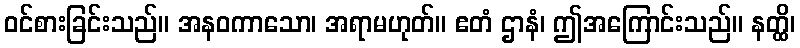
ဝင်စားခြင်းသည်။ အနဝကာသော၊ အရာမဟုတ်။ ဧတံ ဌာနံ၊ ဤအကြောင်းသည်။ နတ္ထိ၊